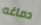
دماغه